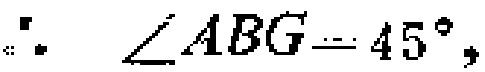
\(\therefore\angle ABG = 45^{\circ},\)